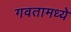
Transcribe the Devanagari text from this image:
गवतामध्ये